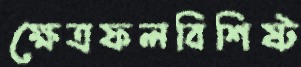
ক্ষেত্রফলবিশিষ্ট